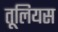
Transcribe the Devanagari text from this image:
तूलियस